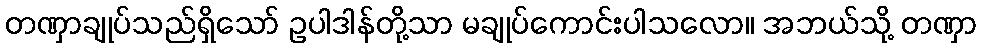
တဏှာချုပ်သည်ရှိသော် ဥပါဒါန်တို့သာ မချုပ်ကောင်းပါသလော။ အဘယ်သို့ တဏှာ